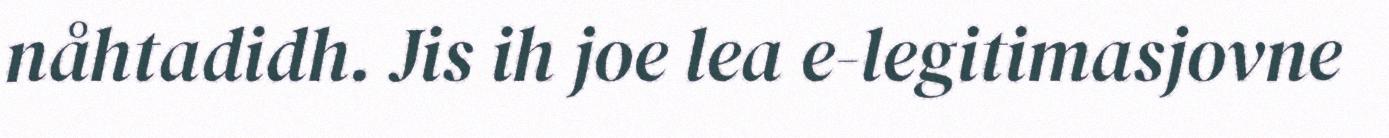
nåhtadidh. Jis ih joe lea e-legitimasjovne